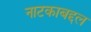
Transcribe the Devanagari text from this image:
नाटकाबद्दल